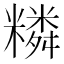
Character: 𥼭